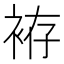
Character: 袸